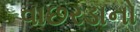
વાછરડાનો